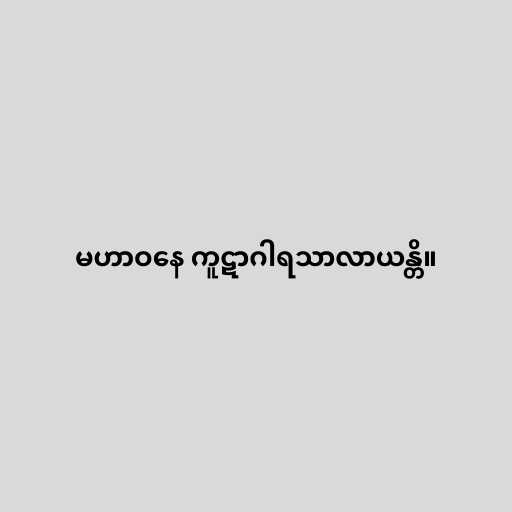
မဟာဝနေ ကူဋာဂါရသာလာယန္တိ။